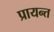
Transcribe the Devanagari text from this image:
प्रायन्त